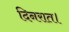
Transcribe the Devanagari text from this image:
दिनरात।